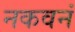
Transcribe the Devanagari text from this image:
नकवनं